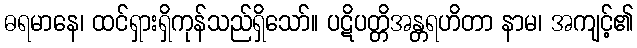
ဓရမာနေ၊ ထင်ရှားရှိကုန်သည်ရှိသော်။ ပဋိပတ္တိအန္တရဟိတာ နာမ၊ အကျင့်၏